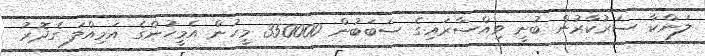
ލަންކާ ސަރުކާރުން ބުނީ ވިއްސާރައިގެ ސަބަބުން 350000 މީހުން އެމީހުންގެ އަމިއްލަ ގެދޮރު